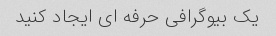
یک بیوگرافی حرفه ای ایجاد کنید